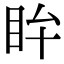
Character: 𥄜